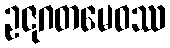
ဥဇုဂတမေဝဿ